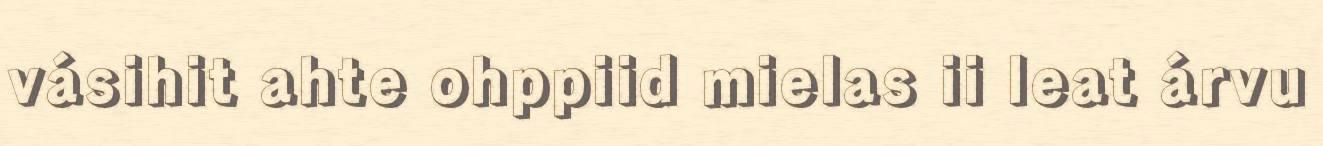
vásihit ahte ohppiid mielas ii leat árvu